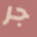
جر